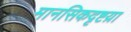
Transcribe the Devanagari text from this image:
मानसिकदृष्टय़ा